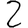
Digit: 2